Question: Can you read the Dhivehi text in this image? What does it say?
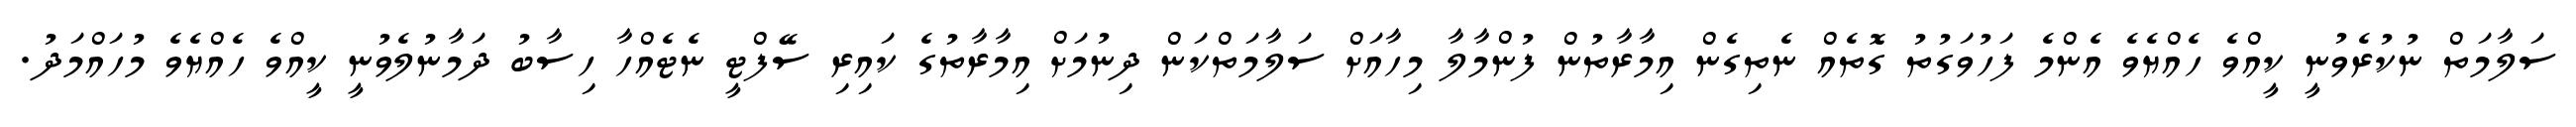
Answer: ސަލާމަތް ނުކުރެވުނީ ކީއްވެ ހެއްޔެވެ އެންމެ ފަހުވަގުތު ގޮތެއް ނެތިގެން އިމާރާތުން ފުންމާލާ މިހާއަށް ސަލާމަތްކަން ދިނުމަށް އިމާރާތުގެ ކައިރި ސޭފްޓީ ނެޓެއްހާ ހިސާބު ދަމާނުލެވުނީ ކީއްވެ ހެއްޔެވެ މުހައްމަދު.